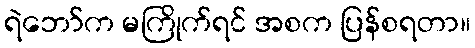
ရဲဘော်က မကြိုက်ရင် အစက ပြန်စရတာ။